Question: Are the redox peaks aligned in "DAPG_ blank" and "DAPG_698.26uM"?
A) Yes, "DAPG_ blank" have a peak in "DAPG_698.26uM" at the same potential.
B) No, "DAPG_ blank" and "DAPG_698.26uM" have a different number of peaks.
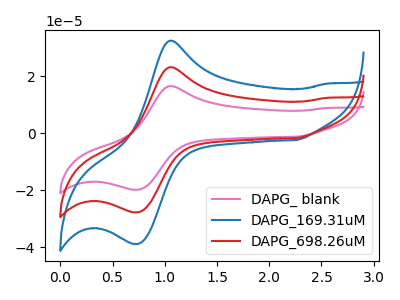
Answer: <think>The pink curve "DAPG_ blank" has an anodic peak at (1.05V, 16.60uA) and a cathodic peak at (0.75V, -19.80uA). The blue curve "DAPG_169.31uM" has an anodic peak at (1.05V, 46.50uA) and a cathodic peak at (0.75V, -55.45uA). The red curve "DAPG_698.26uM" has an anodic peak at (1.05V, 23.25uA) and a cathodic peak at (0.75V, -27.75uA).</think>
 <answer>A) Yes, "DAPG_ blank" have a peak in "DAPG_698.26uM" at the same potential.</answer>
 <eval>A</eval>